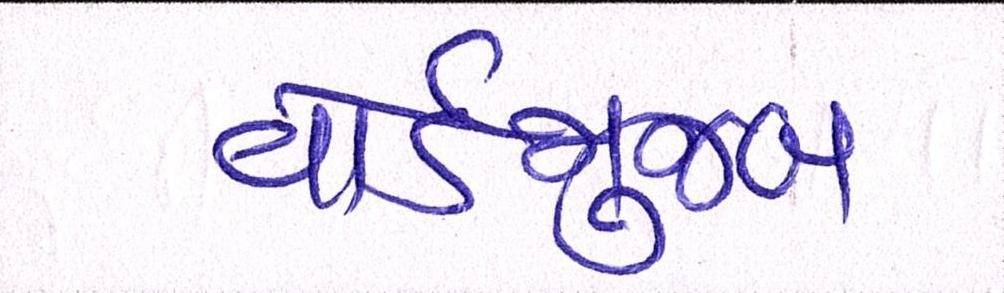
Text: વોર્ડમુજબ